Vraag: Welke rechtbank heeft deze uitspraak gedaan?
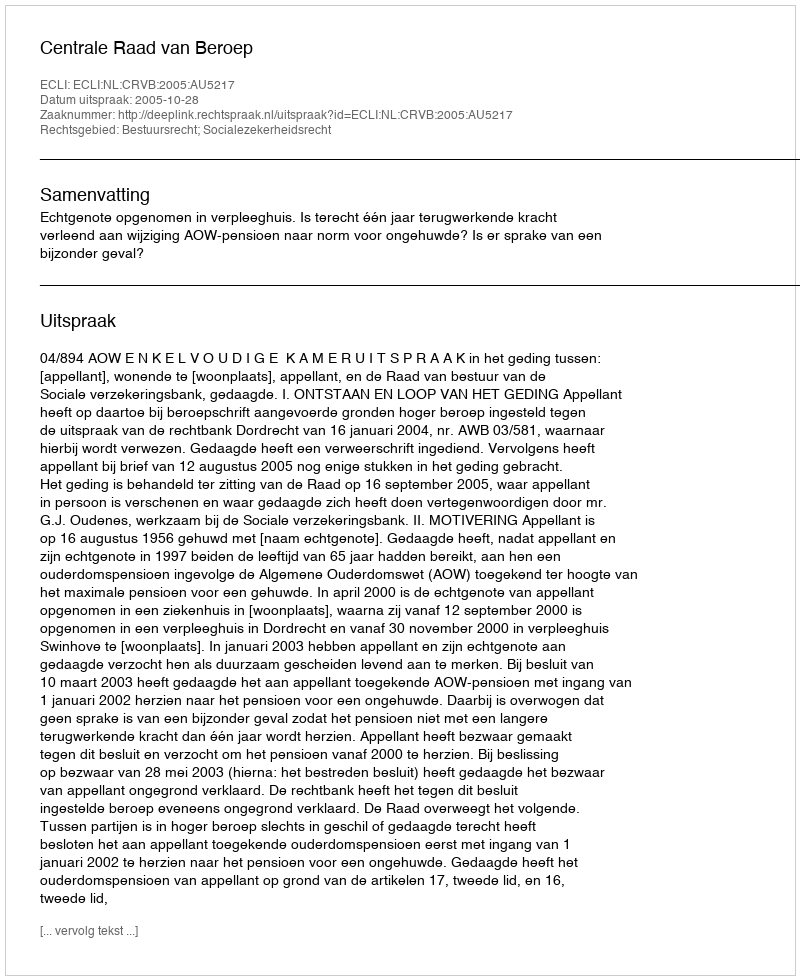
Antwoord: Centrale Raad van Beroep